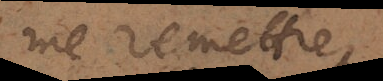
me remettre,